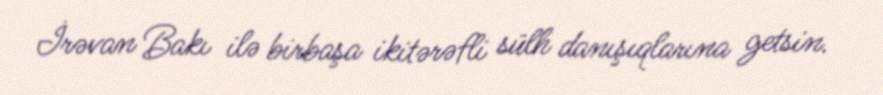
İrəvan Bakı ilə birbaşa ikitərəfli sülh danışıqlarına getsin.